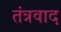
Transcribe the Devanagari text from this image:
तंत्रवाद